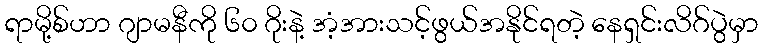
ရာမို့စ်ဟာ ဂျာမနီကို ၆၀ ဂိုးနဲ့ အံ့အားသင့်ဖွယ်အနိုင်ရတဲ့ နေရှင်းလိဂ်ပွဲမှာ